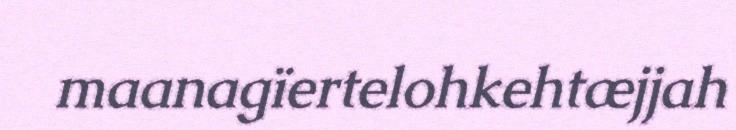
maanagïertelohkehtæjjah